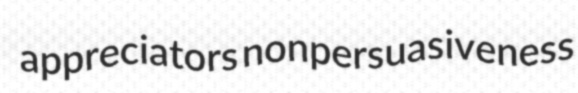
appreciators nonpersuasiveness